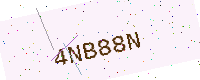
Text: 4NB88N